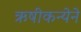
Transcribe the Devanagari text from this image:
ऋषीकन्येने